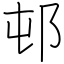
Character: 邨